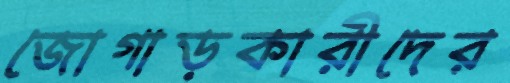
জোগাড়কারীদের